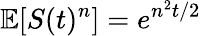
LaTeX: \mathbb{E}[S(t)^{n}]=e^{n^{2}t/2}